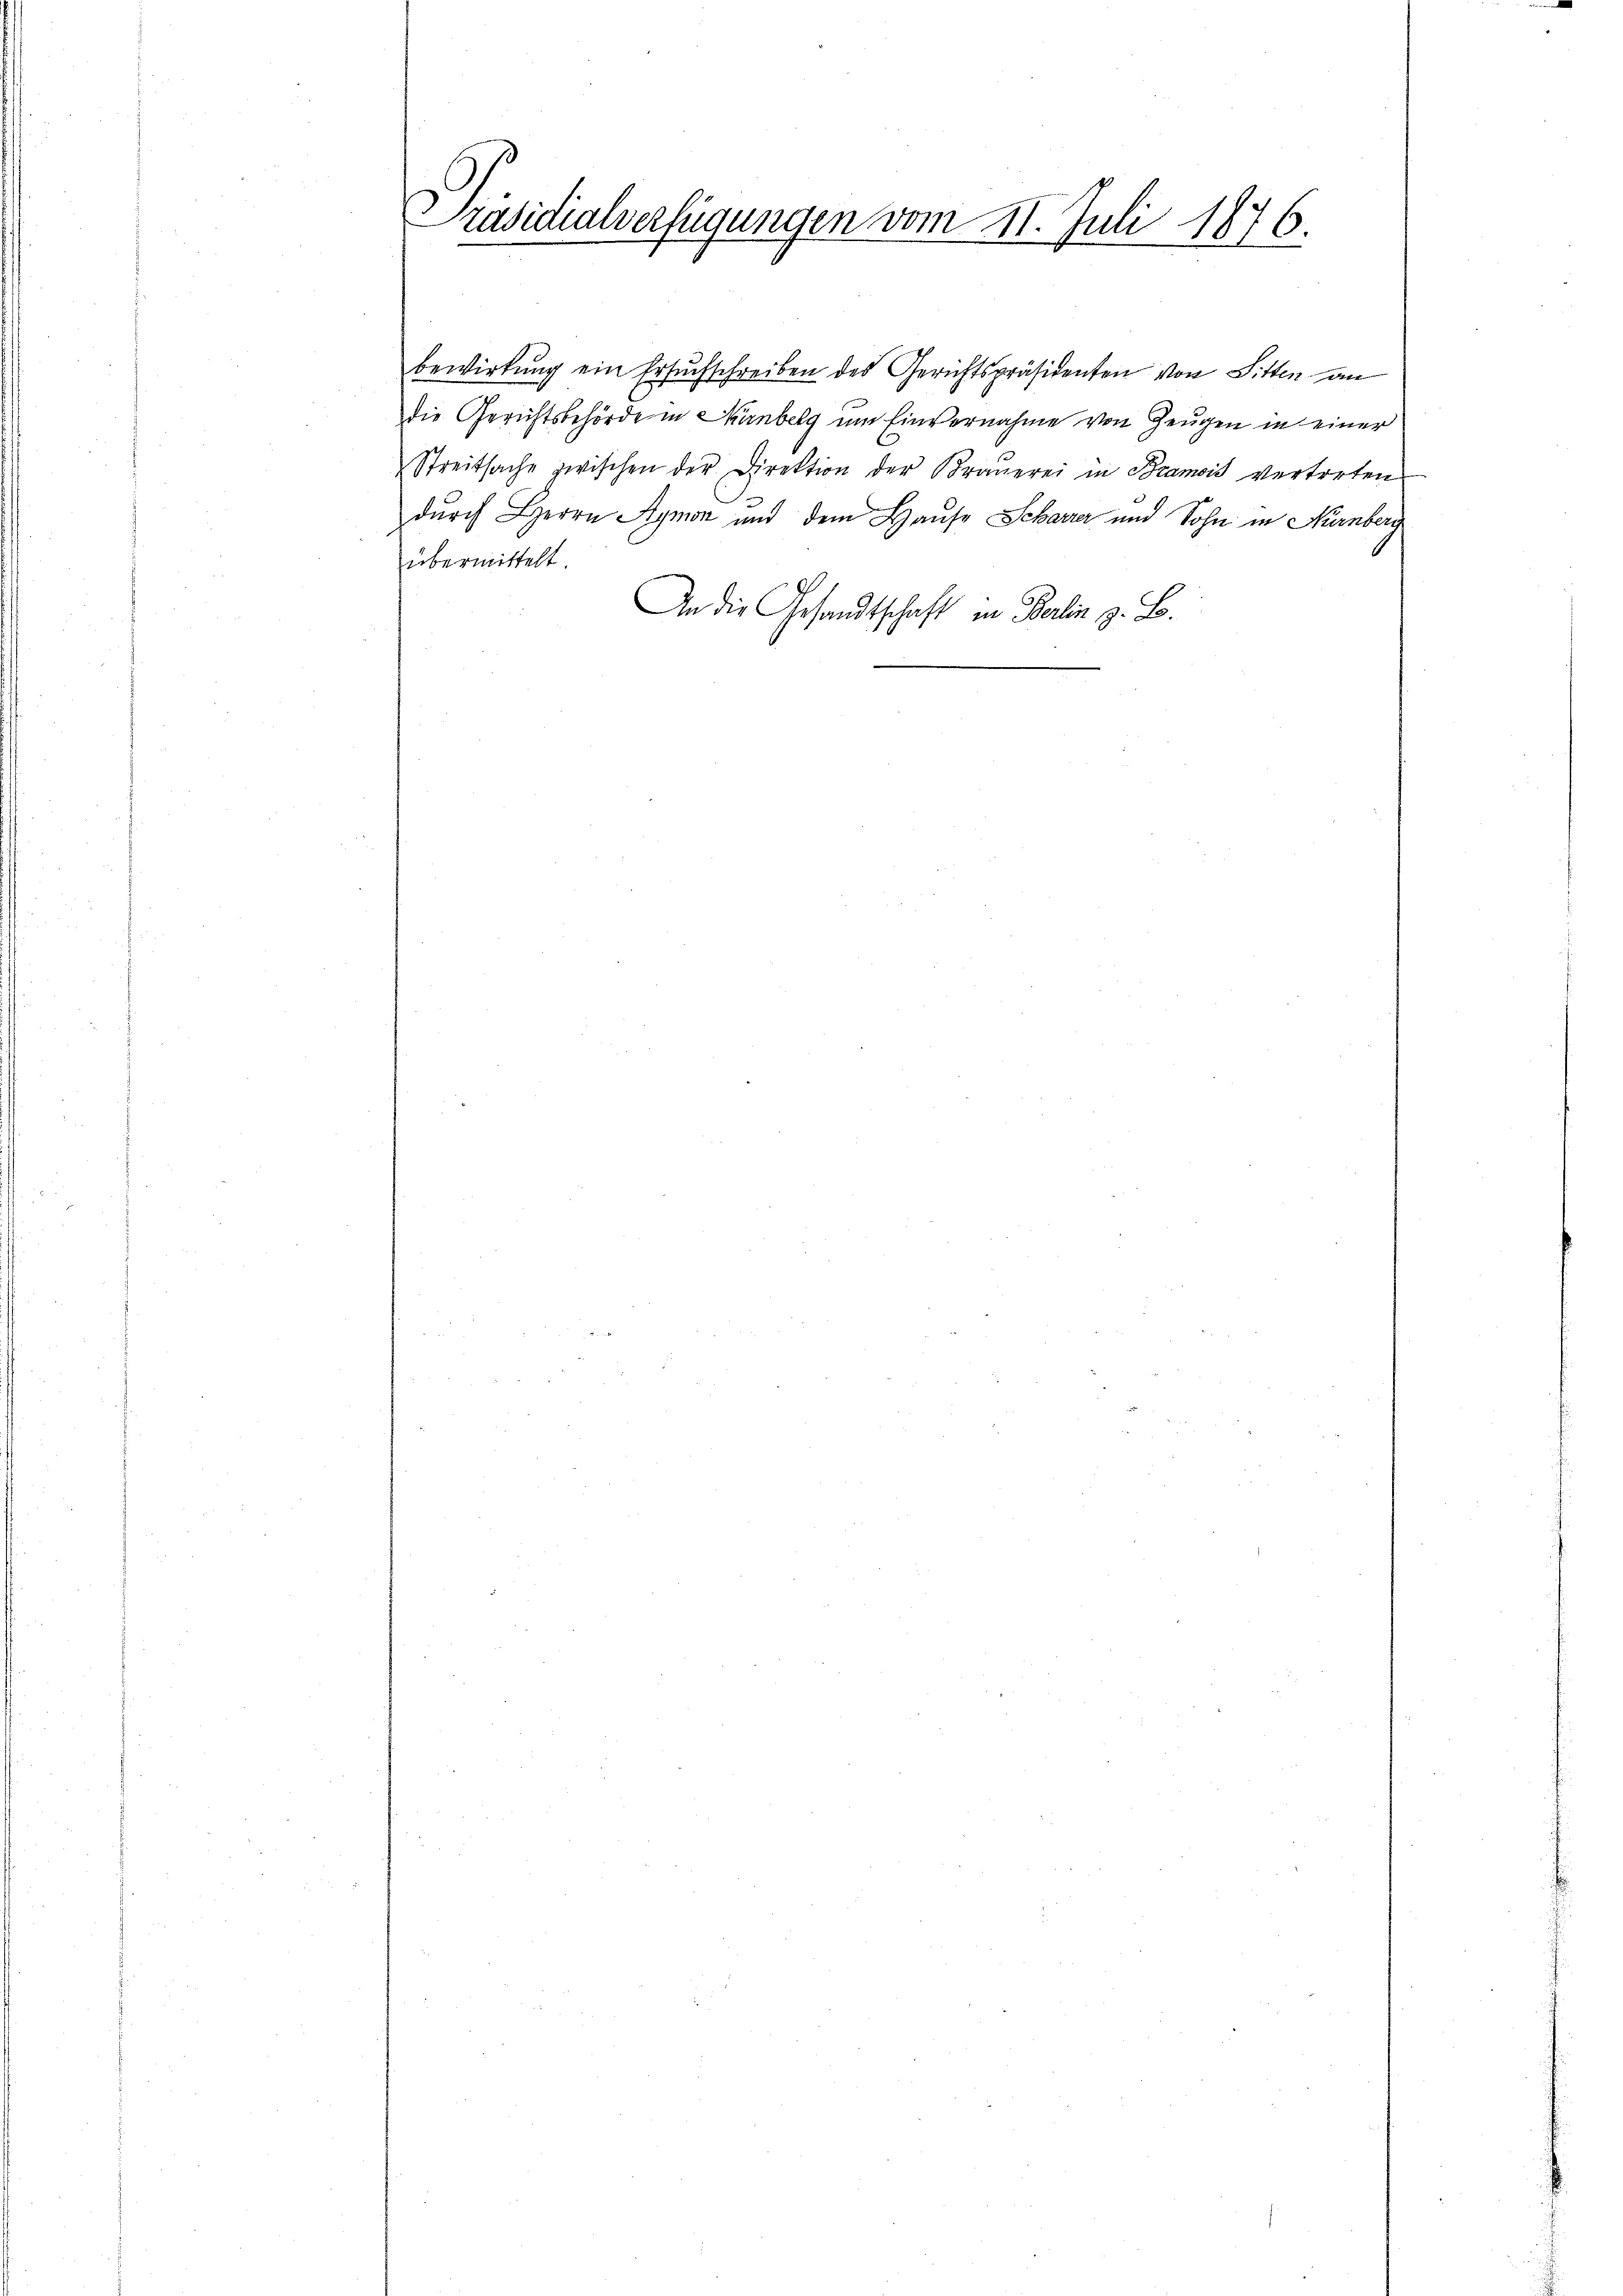
Präsidialverfügungen vom 11. Juli 1876.
der Be

bewirkung ein Ersuchschreiben des Gerichtspräsidenten von Sitten an
die Gerichtsbehörde in Chinberg um Einvernahme von Zeugen in einer
Streitsache zwischen der Direktion der Braŭerei in Bramois vertreten
durch Herrn Aymon und dem Hause Scharrer und Sohn in Nürnberg
übermittelt.
An die Gesandtschaft in Berlin z. B.